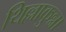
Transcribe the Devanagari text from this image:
थिल्लाकुन्ना